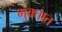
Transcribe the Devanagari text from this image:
मुक्तात